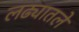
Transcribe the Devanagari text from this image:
लढ्यातले